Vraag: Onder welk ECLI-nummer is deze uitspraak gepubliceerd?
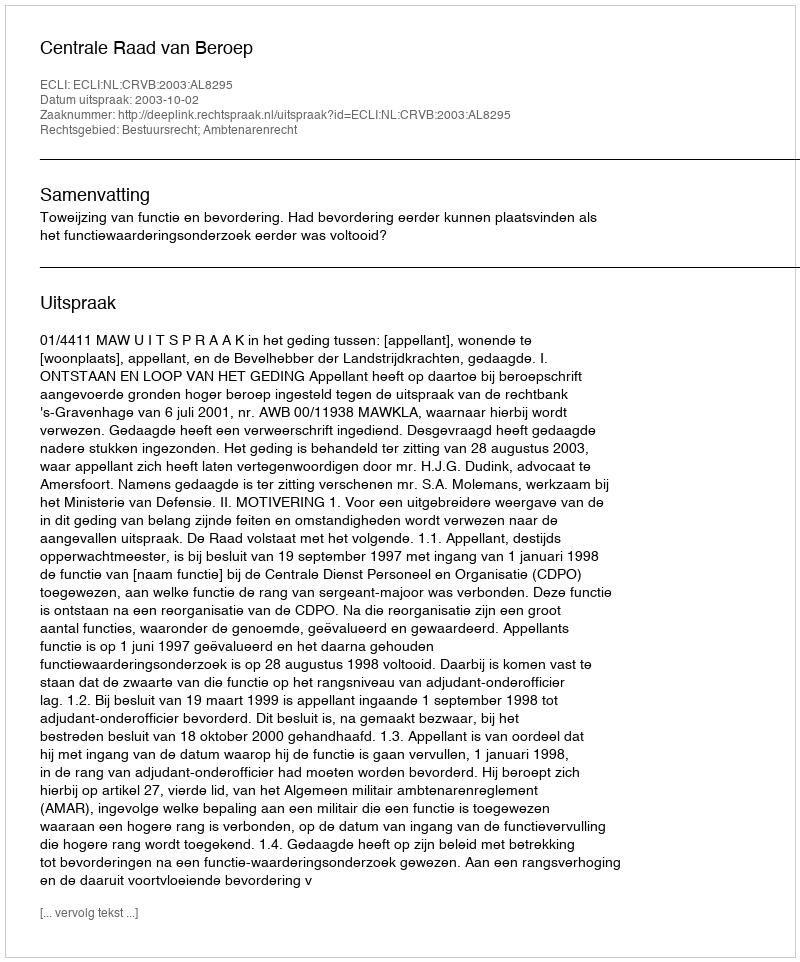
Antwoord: ECLI:NL:CRVB:2003:AL8295